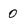
Character: 0